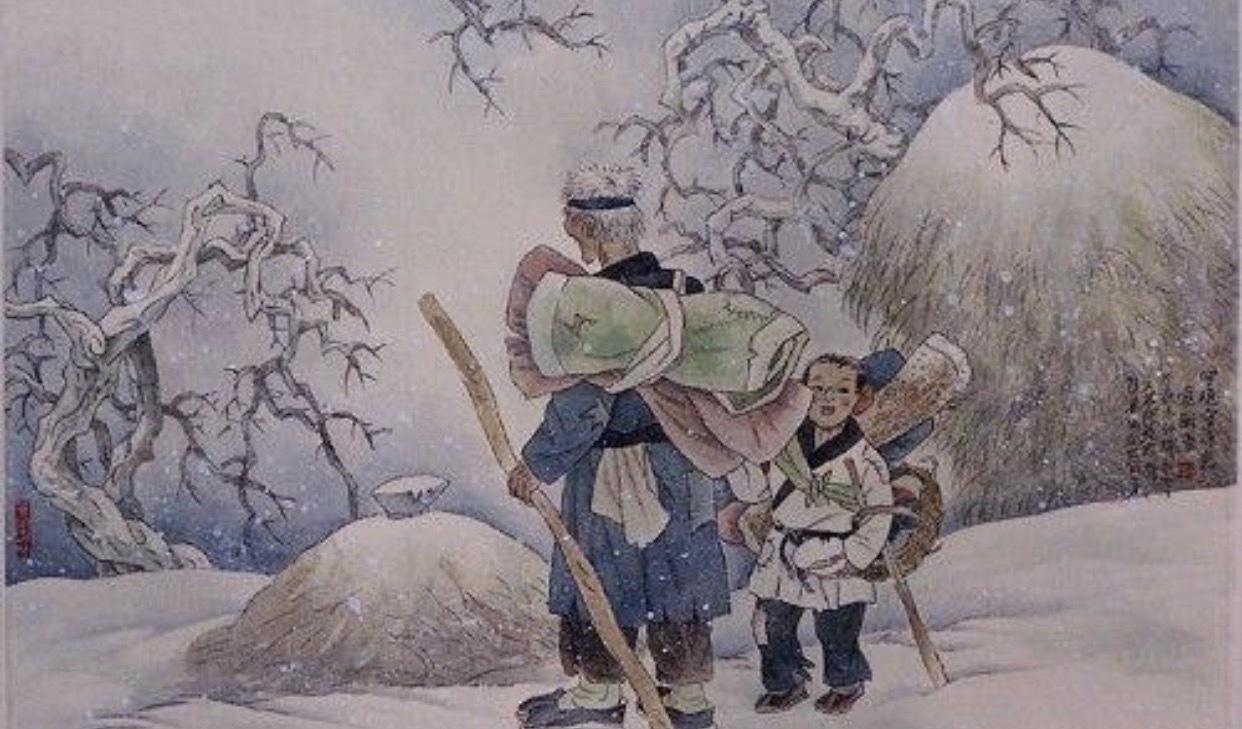
八年十二月，五日雪纷纷。